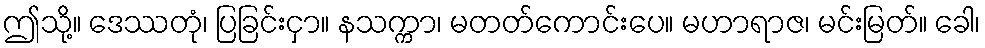
ဤသို့။ ဒေဿတုံ၊ ပြခြင်းငှာ။ နသက္ကာ၊ မတတ်ကောင်းပေ။ မဟာရာဇ၊ မင်းမြတ်။ ခေါ၊